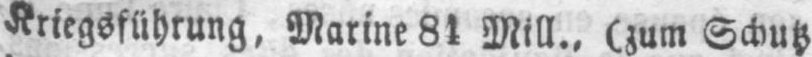
Kriegsführung, Marine 84 Mill., (zum Schutz